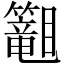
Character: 𬕾